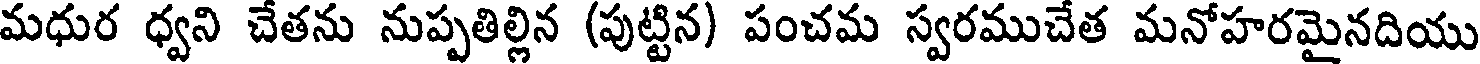
మధుర ధ్వని చేతను నుప్పతిల్లిన (పుట్టిన) పంచమ స్వరముచేత మనోహరమైనదియు